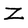
Character: Z